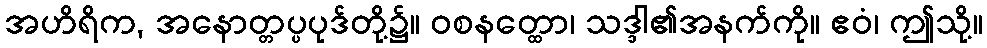
အဟိရိက, အနောတ္တပ္ပပုဒ်တို့၌။ ဝစနတ္ထော၊ သဒ္ဒါ၏အနက်ကို။ ဧဝံ၊ ဤသို့။